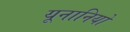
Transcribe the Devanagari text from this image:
यूनानियों